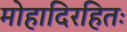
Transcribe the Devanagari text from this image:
मोहादिरहितः